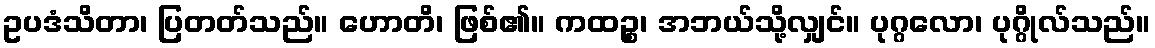
ဥပဒံသိတာ၊ ပြတတ်သည်။ ဟောတိ၊ ဖြစ်၏။ ကထဉ္စ၊ အဘယ်သို့လျှင်။ ပုဂ္ဂလော၊ ပုဂ္ဂိုလ်သည်။